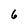
Character: 6